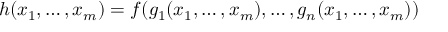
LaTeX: h ( x _ { 1 } , \ldots , x _ { m } ) = f ( g _ { 1 } ( x _ { 1 } , \ldots , x _ { m } ) , \ldots , g _ { n } ( x _ { 1 } , \ldots , x _ { m } ) )